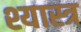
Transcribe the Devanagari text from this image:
श्यास्त्र